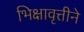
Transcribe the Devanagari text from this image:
भिक्षावृत्तीने